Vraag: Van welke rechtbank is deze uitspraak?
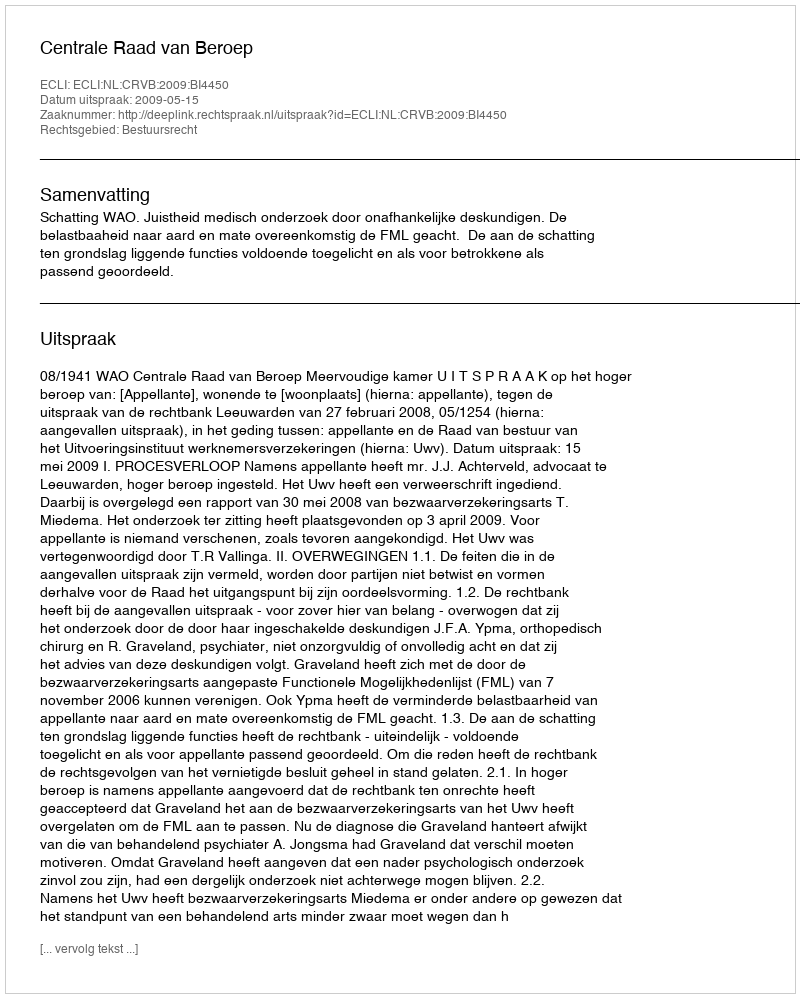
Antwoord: Centrale Raad van Beroep